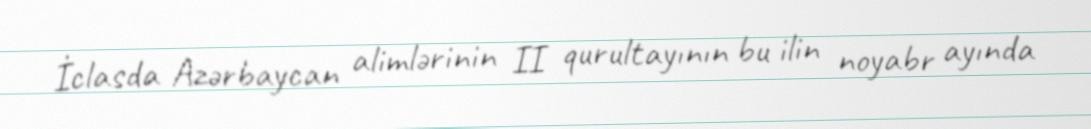
İclasda Azərbaycan alimlərinin II qurultayının bu ilin noyabr ayında